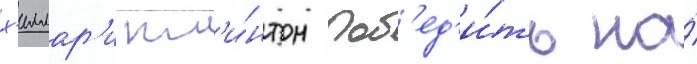
х'иллар'и кл'и́нтон поб'ед'и́ть на́